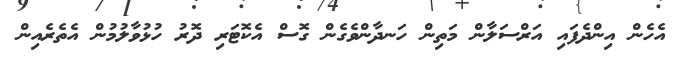
އެހެން އިންދެފައި އަރްސަލާން މަތިން ހަނދާންވެގެން ގޮސް އެކޮޓަރި ދޮރު ހުޅުވާލުމުން އެތެރެއިން